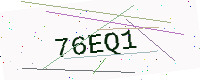
Text: 76EQ1